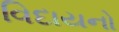
વિદાયનો